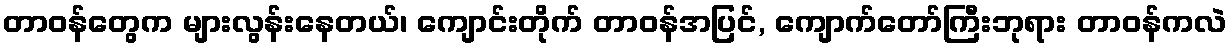
တာဝန်တွေက များလွန်းနေတယ်၊ ကျောင်းတိုက် တာဝန်အပြင်, ကျောက်တော်ကြီးဘုရား တာဝန်ကလဲ